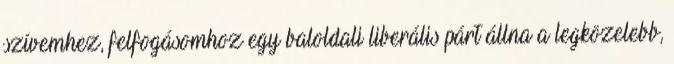
szívemhez, felfogásomhoz egy baloldali liberális párt állna a legközelebb,